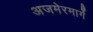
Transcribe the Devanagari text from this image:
अजमेरमार्गे